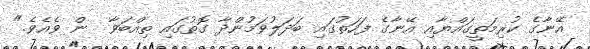
އޭނާގެ ކުރިމަތީގައްޔާއި އޭނާގެ ފަހަތުގައި ބަދަލުވަމުންދާ ގޮތުގައި ތިއްބަވާ  ން ވެއެވެ."